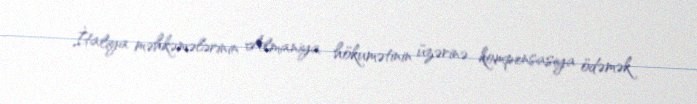
İtaliya məhkəmələrinin Almaniya hökumətinin üzərinə kompensasiya ödəmək